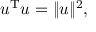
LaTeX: u ^ { \mathrm { T } } u = \| u \| ^ { 2 } ,